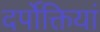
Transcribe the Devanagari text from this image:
दर्पोक्तियां